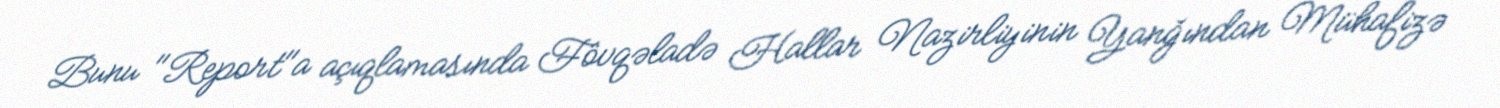
Bunu "Report"a açıqlamasında Fövqəladə Hallar Nazirliyinin Yanğından Mühafizə